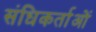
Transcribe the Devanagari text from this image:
संधिकर्ताओं